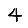
Digit: 4